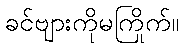
ခင်ဗျားကိုမကြိုက်။